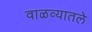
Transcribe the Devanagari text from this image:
वाळव्यातले